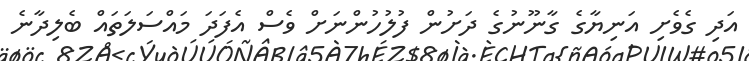
އަދި ގެވެށި އަނިޔާގެ ގާނޫނުގެ ދަށުން ފުލުހުންނަށް ވެސް އެފަދަ މައްސަލަތައް ބެލިދާނެ